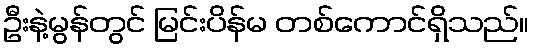
ဦးနဲ့မွန်တွင် မြင်းပိန်မ တစ်ကောင်ရှိသည်။